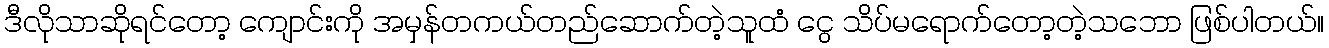
ဒီလိုသာဆိုရင်တော့ ကျောင်းကို အမှန်တကယ်တည်ဆောက်တဲ့သူထံ ငွေ သိပ်မရောက်တော့တဲ့သဘော ဖြစ်ပါတယ်။